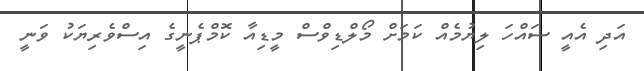
އަދި އެއީ ސައްހަ ލިޔުމެއް ކަމަށް މޯލްޑިވްސް މީޑިއާ ކޮމްޕެނީގެ އިސްވެރިޔަކު ވަނީ